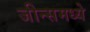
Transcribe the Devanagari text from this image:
जीन्समध्ये